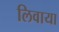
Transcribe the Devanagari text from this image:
लिवाया